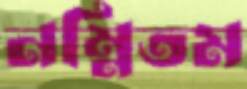
নম্নিতম